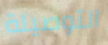
التوصيلة